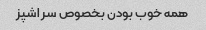
همه خوب بودن بخصوص سر اشپز